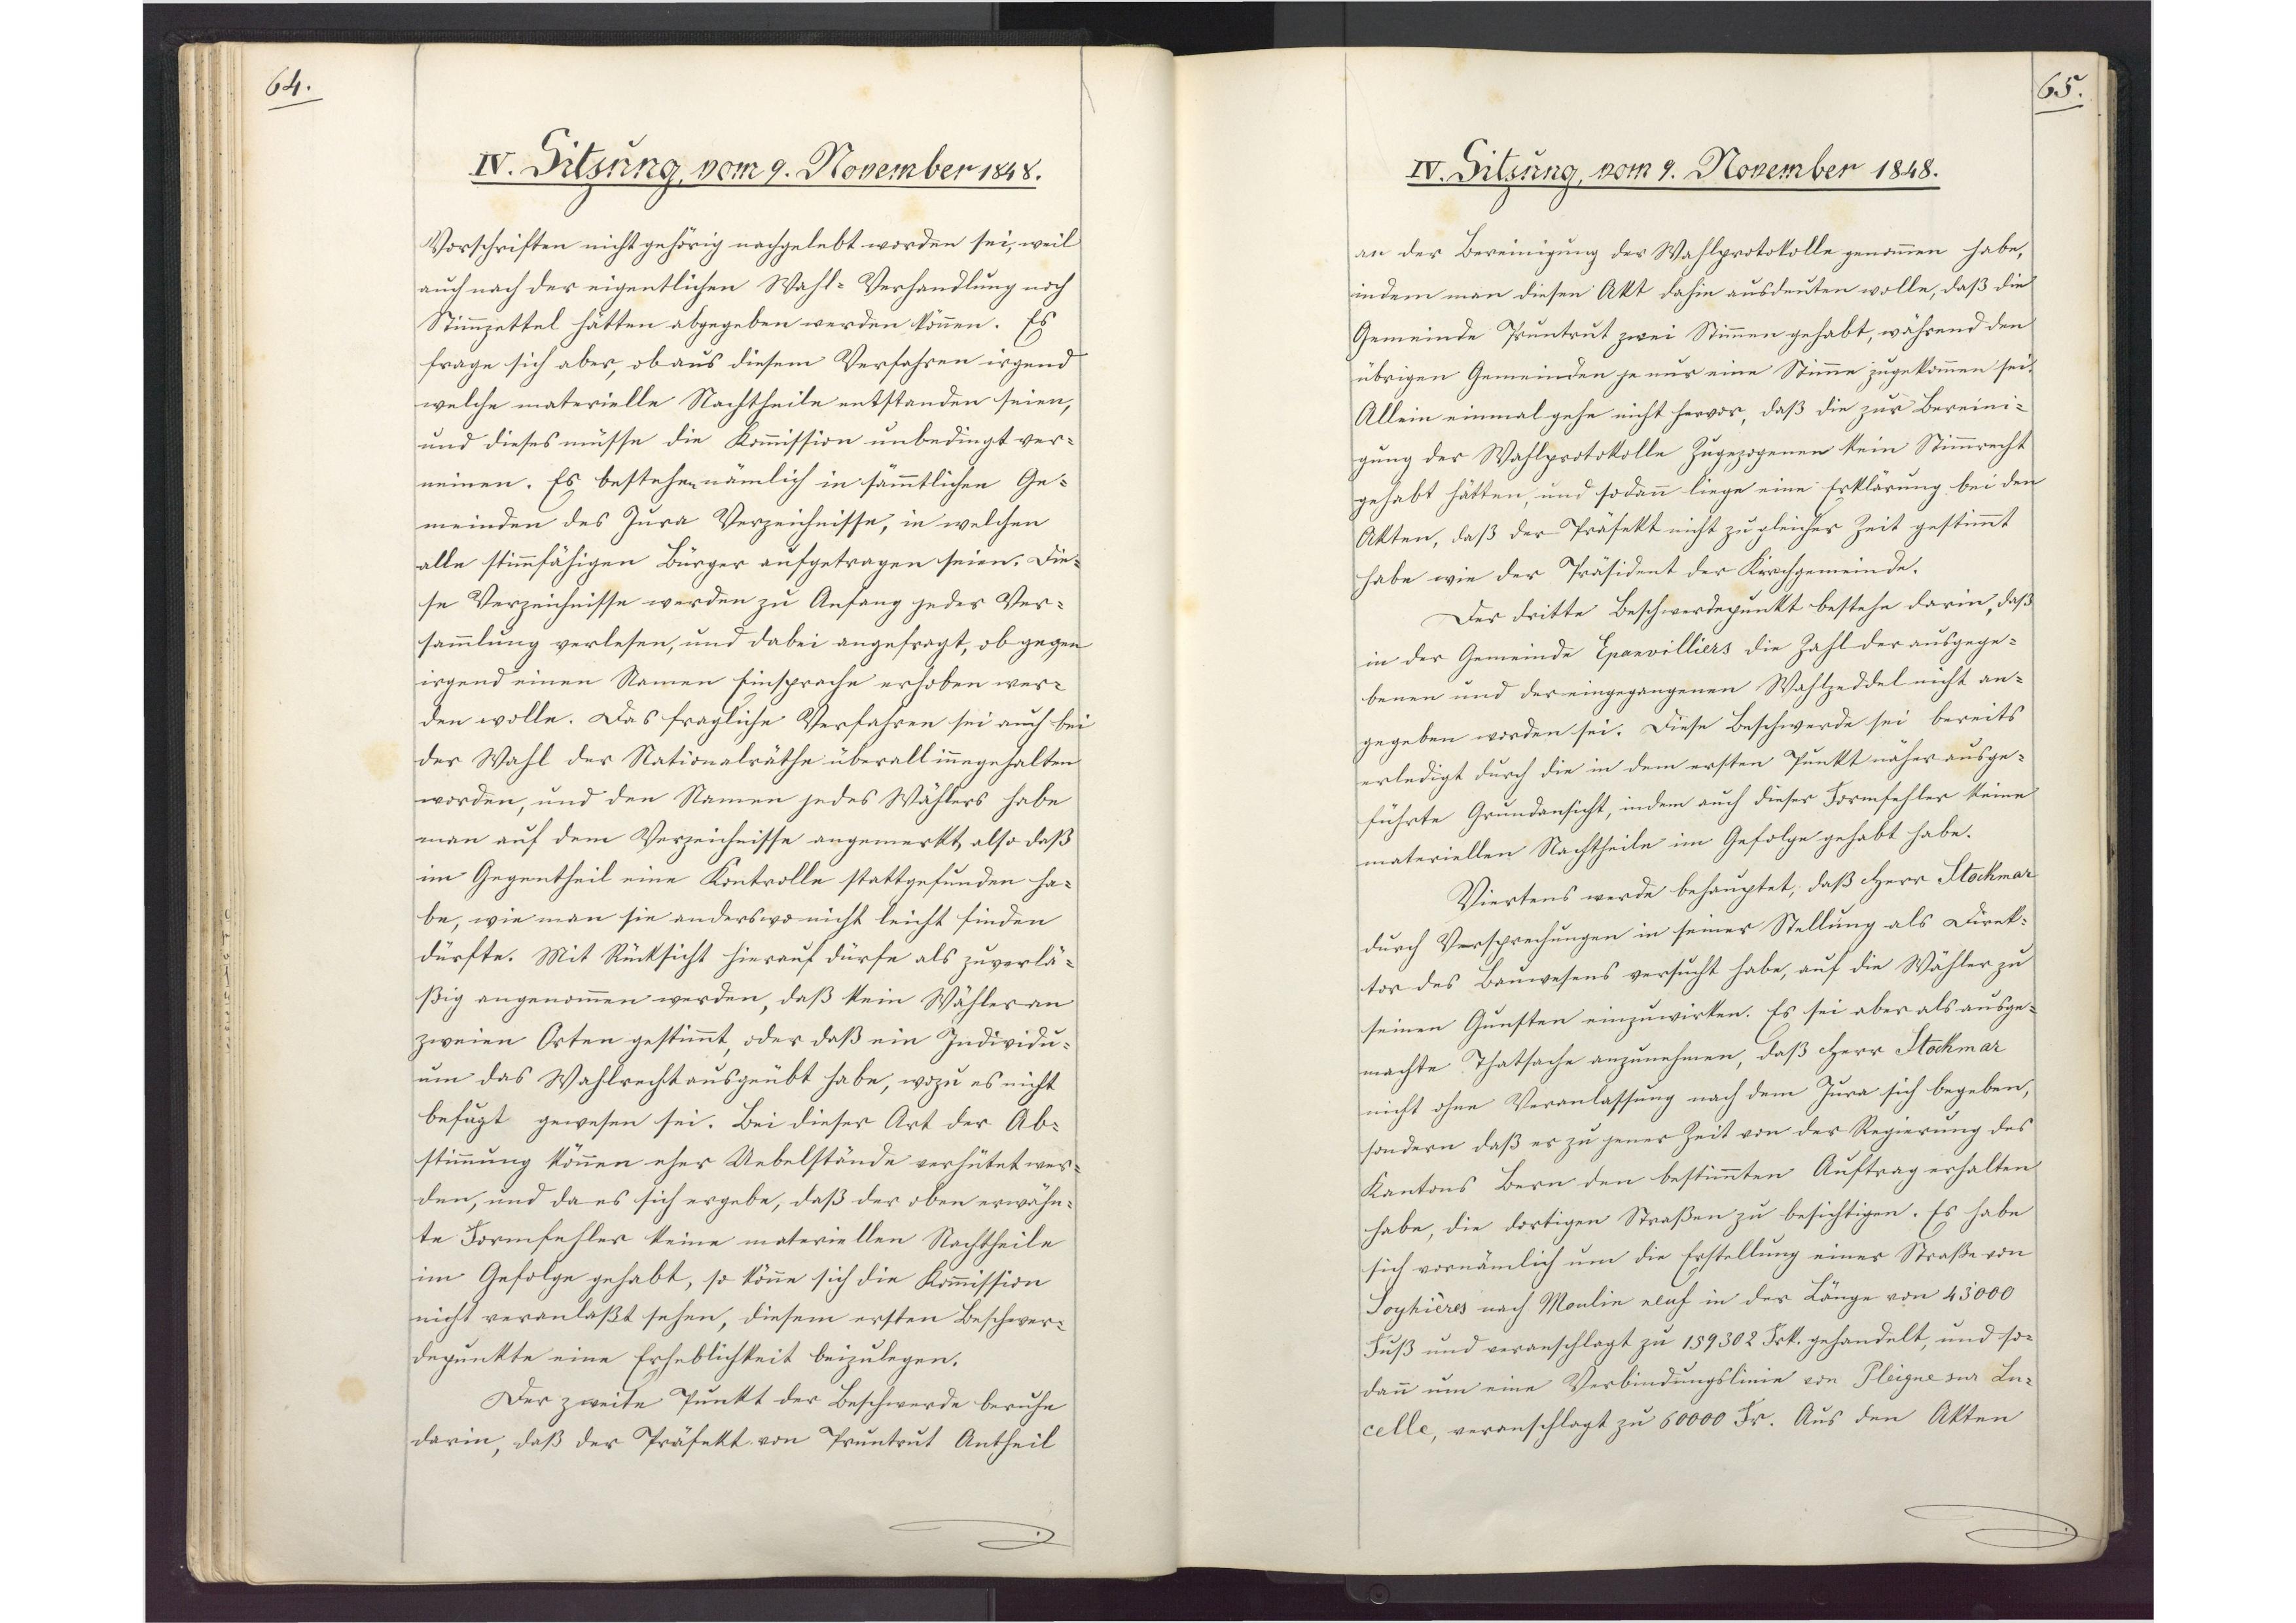
64.

IV. Sitzung, vom 9. November 1848.

Vorschriften nicht gehörig nachgelebt worden sei, weil
auch nach der eigentlichen Wahl-Verhandlung noch
Stimmzettel hätten abgegeben werden können. Es
frage sich aber, ob aus diesem Verfahren irgend
welche materielle Nachtheile entstanden seien,
und dieses müsse die Kommission unbedingt ver¬
neinen. Es bestehen nämlich in sämmtlichen Ge¬
meinden des Jura Verzeichnisse, in welchen
alle stimmfähigen Bürger aufgetragen seien. Die¬
se Verzeichnisse werden zu Anfang jeder Ver¬
sammlung verlesen, und dabei angefragt, ob gegen
irgend einen Namen Einsprache erhoben wer¬
den wolle. Das fragliche Verfahren sei auch bei
der Wahl der Nationalräthe überall innegehalten
worden, und den Namen jedes Wählers habe
man auf dem Verzeichnisse angemerkt, also daß
im Gegentheil eine Kontrolle stattgefunden ha¬
be, wie man sie anderswo nicht leicht finden
dürfte. Mit Rücksicht hierauf dürfe als zuverlä¬
ßig angenommen werden, daß kein Wähler an
zweien Orten gestimmt, oder daß ein Individu¬
um das Wahlrecht ausgeübt habe, wozu es nicht
befugt gewesen sei. Bei dieser Art der Ab¬
stimmung können eher Uebelstände verhütet wer¬
den, und da es sich ergebe, daß der oben erwähn¬
te Formfehler keine materiellen Nachtheile
im Gefolge gehabt, so könne sich die Kommission
nicht veranlaßt sehen, diesem ersten Beschwer¬
depunkte eine Erheblichkeit beizulegen.
Der zweite Punkt der Beschwerde beruhe
darin, daß der Präfekt von Pruntrut Antheil

65.

IV. Sitzung, vom 9. November 1848.

an der Bereinigung der Wahlprotokolle genommen habe,
indem man diesen Akt dahin ausdeuten wolle, daß die
Gemeinde Pruntrut zwei Stimmen gehabt, während den
übrigen Gemeinden je nur eine Stimme zugekommen sei.
Allein einmal gehe nicht hervor, daß die zur Bereini¬
gung der Wahlprotokolle Zugezogenen kein Stimmrecht
gehabt hätten, und sodann liege eine Erklärung bei den
Akten, daß der Präfekt nicht zu gleicher Zeit gestimmt
habe wie der Präsident der Kirchgemeinde.
Der dritte Beschwerdepunkt bestehe darin, daß
in der Gemeinde Epanvilliers die Zahl der ausgege¬
benen und der eingegangenen Wahlzeddel nicht an¬
gegeben worden sei. Diese Beschwerde sei bereits
erledigt durch die in dem ersten Punkt näher ausge¬
führte Grundansicht, indem auch dieser Formfehler keine
materiellen Nachtheile im Gefolge gehabt habe.
Viertens werde behauptet; daß Herr Stockmar
durch Versprechungen in seiner Stellung als Direk¬
tor des Bauwesens versucht habe, auf die Wähler zu
seinen Gunsten einzuwirken. Es sei aber als ausge¬
machte Thatsache anzunehmen, daß Herr Stockmar
nicht ohne Veranlassung nach dem Jura sich begeben,
sondern daß er zu jener Zeit von der Regierung des
Kantons Bern den bestimmten Auftrag erhalten
habe, die dortigen Straßen zu besichtigen. Es habe
sich vornämlich um die Erstellung einer Straße von
Soyhières nach Moulin neuf in der Länge von 43`000
Fuß und veranschlagt zu 159302 Frk. gehandelt, und so¬
dann um eine Verbindungslinie von Pleigne sur Lu¬
celle, veranschlagt zu 60000 Fr. Aus den Akten